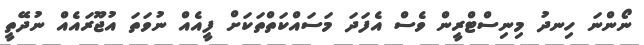
ނޯންނަ ހިނދު މިނިސްޓްރީން ވެސް އެފަދަ މަސައްކަތްތަކަށް ފީއެއް ނުވަތަ އުޖޫރައެއް ނުދޭތީ